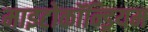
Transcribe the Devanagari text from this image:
माइटोकॉन्ड्रियम